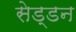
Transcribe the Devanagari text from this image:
सेड्डन